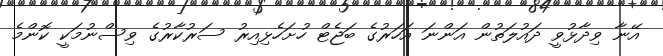
އޭނާ ވިދާޅުވީ ދައުލަތުން އަންނަ އަހަރުގެ ބަޖެޓް ހުށަހެޅިއިރު ސަރުކާރުގެ ވިސްނުމަކީ ކޮންމެ